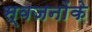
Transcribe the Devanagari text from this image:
स्वजनोंके